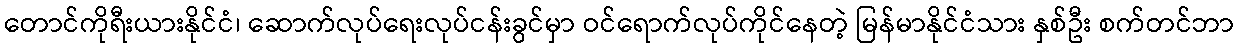
တောင်ကိုရီးယားနိုင်ငံ၊ ဆောက်လုပ်ရေးလုပ်ငန်းခွင်မှာ ဝင်ရောက်လုပ်ကိုင်နေတဲ့ မြန်မာနိုင်ငံသား နှစ်ဦး စက်တင်ဘာ